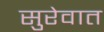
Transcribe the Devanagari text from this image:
सुरेवात